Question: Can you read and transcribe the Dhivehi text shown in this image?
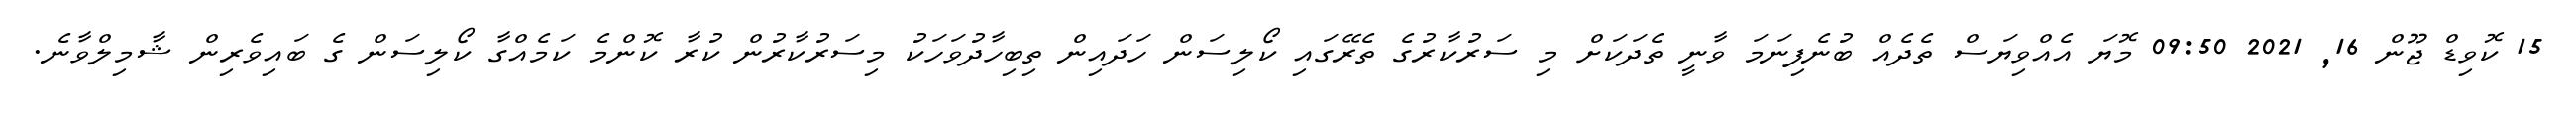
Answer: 15 ކޮވިޑް ޖޫން 16, 2021 09:50 މޮޔަ އެއްވިޔަސް ތެދެއް ބުނެފިނަމަ ވާނީ ތެދަކަށް މި ސަރުކާރުގެ ތެރޭގައި ކޯލިސަން ހަދައިން ތިބިހާދުވަހަކު މިސަރުކާރުން ކުރާ ކޮންމެ ކަމެއްގާ ކޯލިސަން ގެ ބައިވެރިން ޝާމިލްވާނެ.